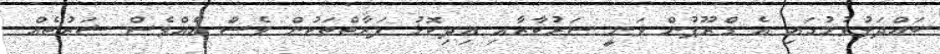
ބައްދަލުވުމުގައި އެ ގްރޫޕުން ވަނީ ސަރުކާރާއި އިދިކޮޅު ފަރާތްތަކުން ވެސް އެއްވެސް ޝަރުތެއް